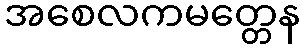
အစေလကမတ္တေန